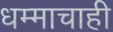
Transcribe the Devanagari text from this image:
धम्माचाही